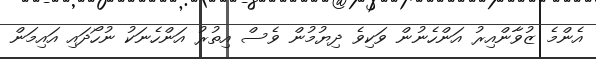
އެންމެ ޒުވާންއިރު އަންހެނުން ވަކިވެ ދިޔުމުން ވެސް އިތުރު އަންހެނަކު ނުހޯދައި އައިމަން